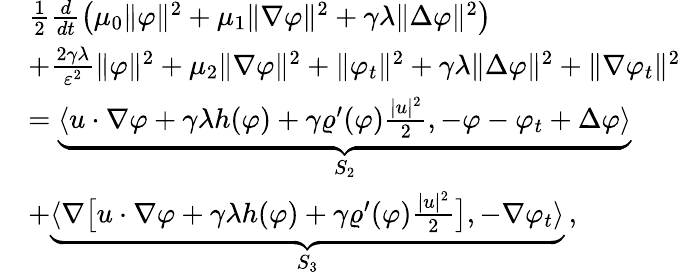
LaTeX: \begin{array}{rl}&{\frac{1}{2}\frac{d}{dt}\big(\mu_{0}\| \varphi\| ^{2}+\mu_{1}\| \nabla\varphi\| ^{2}+\gamma\lambda\| \Delta\varphi\| ^{2}\big)}\\ &{+\frac{2\gamma\lambda}{\varepsilon^{2}}\| \varphi\| ^{2}+\mu_{2}\| \nabla\varphi\| ^{2}+\| \varphi_{t}\| ^{2}+\gamma\lambda\| \Delta\varphi\| ^{2}+\| \nabla\varphi_{t}\| ^{2}}\\ &{=\underbrace{\langle u\cdot\nabla\varphi+\gamma\lambda h(\varphi)+\gamma\varrho^{\prime}(\varphi)\frac{|u|^{2}}{2},-\varphi-\varphi_{t}+\Delta\varphi\rangle}_{S_{2}}}\\ &{+\underbrace{\langle\nabla\big[u\cdot\nabla\varphi+\gamma\lambda h(\varphi)+\gamma\varrho^{\prime}(\varphi)\frac{|u|^{2}}{2}\big],-\nabla\varphi_{t}\rangle}_{S_{3}}\, ,}\end{array}